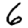
Digit: 6